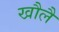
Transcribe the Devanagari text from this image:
खौलै